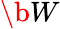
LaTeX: \b{W}